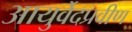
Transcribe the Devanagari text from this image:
आयुर्वेदप्रवीण